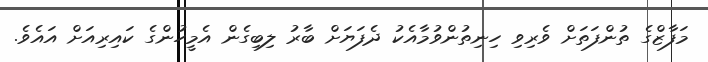
މަފާޒްގެ ތުންފަތަށް ވެރިވި ހިނިތުންވުމާއެކު ދެފަޔަށް ބާރު ލިބިގެން އެމީހުންގެ ކައިރިއަށް އައެވެ.